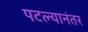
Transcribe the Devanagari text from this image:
पटल्यानंतर